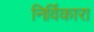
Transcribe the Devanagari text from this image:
निर्विकारा